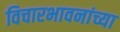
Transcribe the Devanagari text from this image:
विचारभावनांच्या